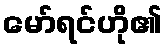
မော်ရင်ဟို၏